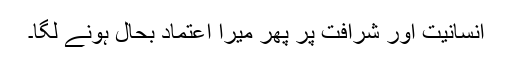
انسانیت اور شرافت پر پھر میرا اعتماد بحال ہونے لگا۔